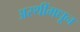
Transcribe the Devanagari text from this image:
अस्थींमधून